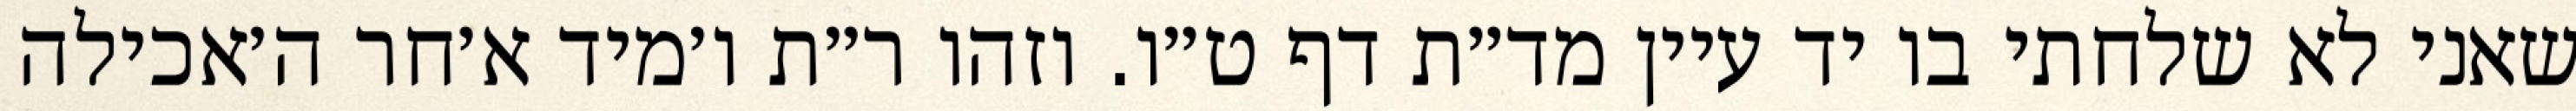
שאני לא שלחתי בו יד עיין מד״ת דף ט״ו. וזהו ר״ת ו׳מיד א׳חר ה׳אכילה